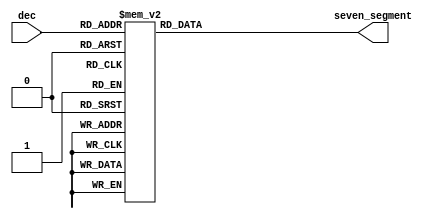
`timescale 1ns / 1ps

module seven_segment_decoder(
    dec,            //|<i
    seven_segment   //|>o
);

input [2:0] dec;
output reg [6:0] seven_segment;
always @(*) begin
    case(dec)
        0: seven_segment=7'b1000000;
        1:seven_segment=7'b1111001;
        2: seven_segment=7'b0100100;
        3: seven_segment=7'b0110000;
        4: seven_segment=7'b0011001;
        5: seven_segment=7'b0010010;
        6: seven_segment=7'b0000010;
        7: seven_segment=7'b1111000;
        default: seven_segment=7'b1000000;
    endcase
end

endmodule